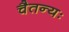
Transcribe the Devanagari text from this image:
चैतन्यः